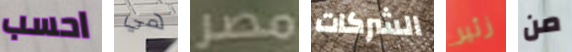
احسب هي مصر الشركات زئير من